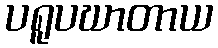
ပရူပဃာတာယ